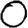
Digit: 0